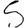
Digit: 5